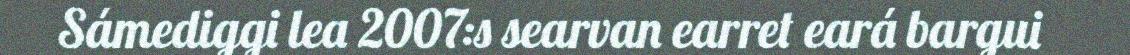
Sámediggi lea 2007:s searvan earret eará bargui